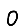
Digit: 0